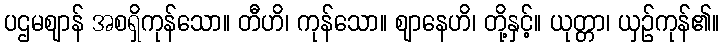
ပဌမဈာန် အစရှိကုန်သော။ တီဟိ၊ ကုန်သော။ ဈာနေဟိ၊ တို့နှင့်။ ယုတ္တာ၊ ယှဉ်ကုန်၏။